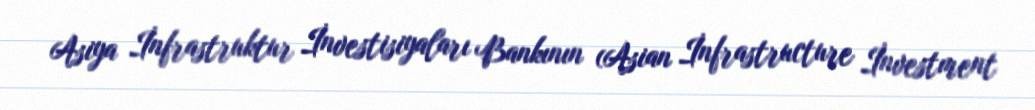
Asiya İnfrastruktur İnvestisiyaları Bankının (Asian İnfrastructure İnvestment